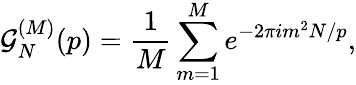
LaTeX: \mathcal{G}_{N}^{(M)}(p)=\frac{1}{M}\sum_{m=1}^{M}e^{-2\pi im^{2}N/p},